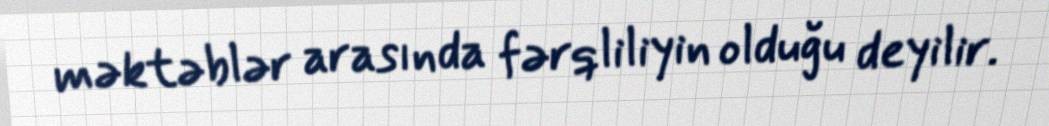
məktəblər arasında fərqliliyin olduğu deyilir.